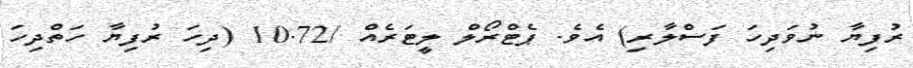
ރުފިޔާ ނުވަދިހަ ފަސްލާރި) އެވެ. ޕެޓްރޯލް ލީޓަރެއް /10.72 (ދިހަ ރުފިޔާ ހަތްދިހަ